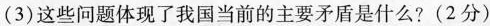
（3）这些问题体现了我国当前的主要矛盾是什么？（2分）